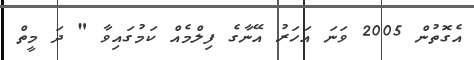
އެގޮތުން 2005 ވަނަ އަހަރު އޭނާގެ ފިލްމެއް ކަމުގައިވާ " ދަ މީތް